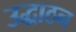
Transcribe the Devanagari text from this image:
उद्धाठन